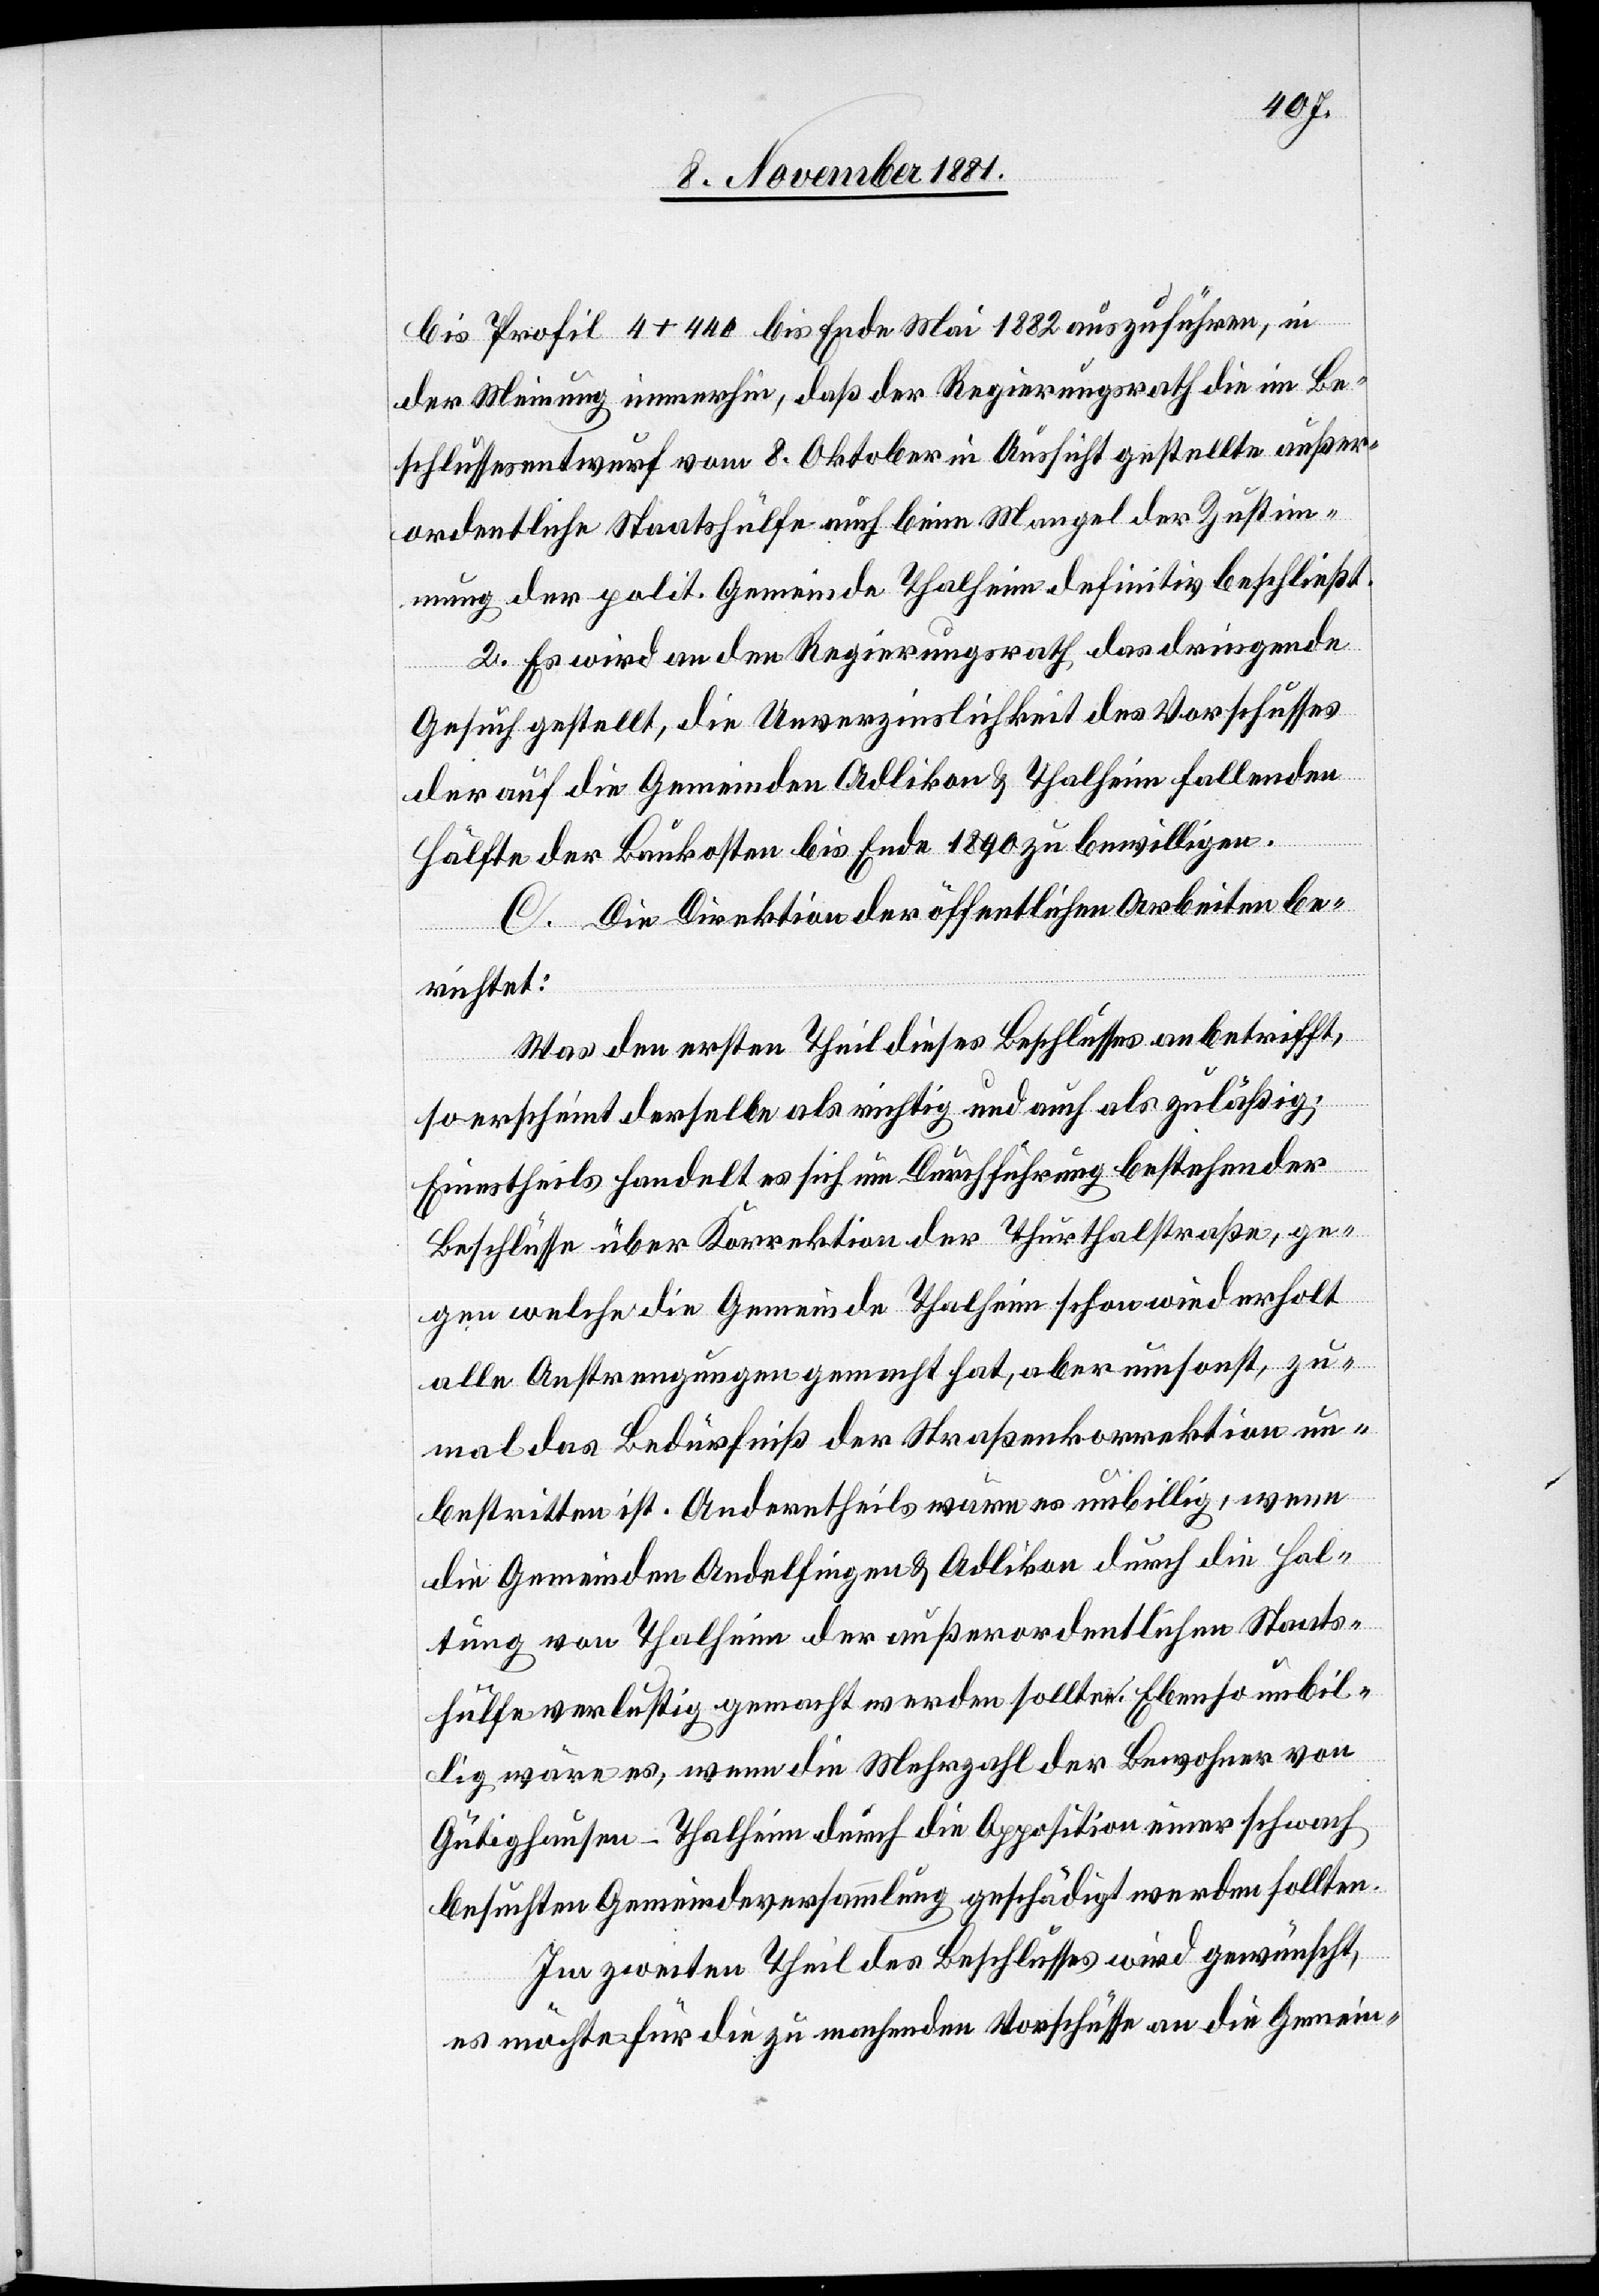
bis Profil 4 + 440 bis Ende Mai 1882 auszuführen, in
der Meinung immerhin, daß der Regierungsrath die im Be¬
schlussesentwurf vom 8. Oktober in Aussicht gestellte außer¬
ordentliche Staatshülfe auch beim Mangel der Zustim¬
mung der polit. Gemeinde Thalheim definitiv beschließt.
2. Es wird an den Regierungsrath das dringende
Gesuch gestellt, die Unverzinslichkeit des Vorschusses
der auf die Gemeinden Adlikon & Thalheim fallenden
Hälfte der Baukosten bis Ende 1890 zu bewilligen.
C. Die Direktion der öffentlichen Arbeiten be¬
richtet:
Was den ersten Theil dieses Beschlusses anbetrifft,
so erscheint derselbe als richtig und auch als zuläßig;
Einestheils handelt es sich um Durchführung bestehender
Beschlüsse über Korrektion der Thurthalstraße, ge¬
gen welche die Gemeinde Thalheim schon wiederholt
alle Anstrengungen gemacht hat, aber umsonst, zu¬
mal das Bedürfniß der Straßenkorrektion un¬
bestritten ist. Anderntheils wäre es unbillig, wenn
die Gemeinden Andelfingen & Adlikon durch die Hal¬
tung von Thalheim der außerordentlichen Staats¬
hülfe verlustig gemacht werden sollten. Ebenso unbil¬
lig wäre es, wenn die Mehrzahl der Bewohner von
Gütighausen - Thalheim durch die Opposition einer schwach
besuchten Gemeindeversammlung geschädigt werden sollten.
Im zweiten Theil des Beschlusses wird gewünscht,
es möchte für die zu machenden Vorschüsse an die Gemein-